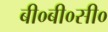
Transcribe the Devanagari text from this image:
बी०बी०सी०